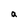
Character: a